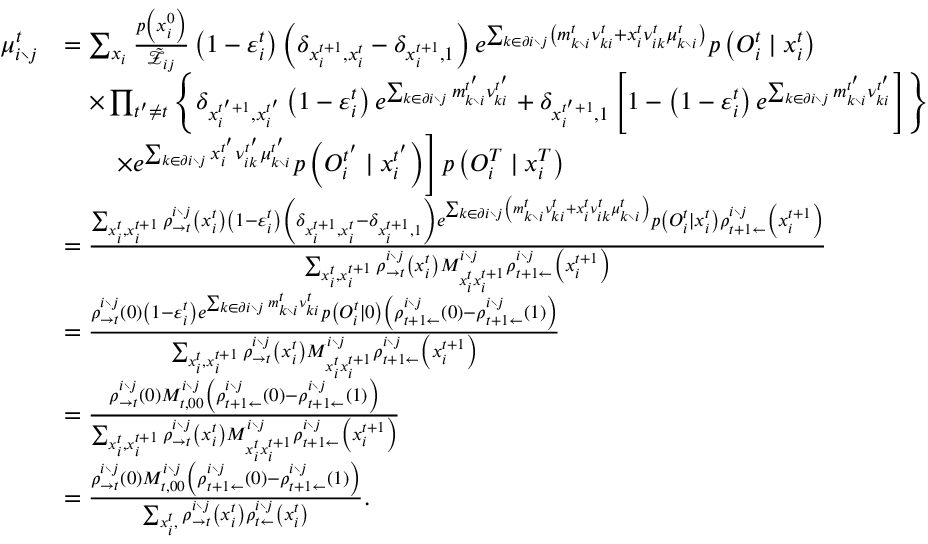
\begin{array} { r l } { \mu _ { i \setminus j } ^ { t } } & { = \sum _ { x _ { i } } \frac { p \left( x _ { i } ^ { 0 } \right) } { \tilde { \mathcal { Z } } _ { i j } } \left( 1 - \varepsilon _ { i } ^ { t } \right) \left( \delta _ { x _ { i } ^ { t + 1 } , x _ { i } ^ { t } } - \delta _ { x _ { i } ^ { t + 1 } , 1 } \right) e ^ { \sum _ { k \in \partial i \setminus j } \left( m _ { k \setminus i } ^ { t } \nu _ { k i } ^ { t } + x _ { i } ^ { t } \nu _ { i k } ^ { t } \mu _ { k \setminus i } ^ { t } \right) } p \left( O _ { i } ^ { t } \mid x _ { i } ^ { t } \right) } \\ & { \quad \times \prod _ { t ^ { \prime } \neq t } \left\{ \delta _ { x _ { i } ^ { t ^ { \prime } + 1 } , x _ { i } ^ { t ^ { \prime } } } \left( 1 - \varepsilon _ { i } ^ { t } \right) e ^ { \sum _ { k \in \partial i \setminus j } m _ { k \setminus i } ^ { t ^ { \prime } } \nu _ { k i } ^ { t ^ { \prime } } } + \delta _ { x _ { i } ^ { t ^ { \prime } + 1 } , 1 } \left[ 1 - \left( 1 - \varepsilon _ { i } ^ { t } \right) e ^ { \sum _ { k \in \partial i \setminus j } m _ { k \setminus i } ^ { t ^ { \prime } } \nu _ { k i } ^ { t ^ { \prime } } } \right] \right\} } \\ & { \qquad \left. \times e ^ { \sum _ { k \in \partial i \setminus j } x _ { i } ^ { t ^ { \prime } } \nu _ { i k } ^ { t ^ { \prime } } \mu _ { k \setminus i } ^ { t ^ { \prime } } } p \left( O _ { i } ^ { t ^ { \prime } } \mid x _ { i } ^ { t ^ { \prime } } \right) \right] p \left( { O } _ { i } ^ { T } \mid x _ { i } ^ { T } \right) } \\ & { = \frac { \sum _ { x _ { i } ^ { t } , x _ { i } ^ { t + 1 } } \rho _ { \rightarrow t } ^ { i \setminus j } \left( x _ { i } ^ { t } \right) \left( 1 - \varepsilon _ { i } ^ { t } \right) \left( \delta _ { x _ { i } ^ { t + 1 } , x _ { i } ^ { t } } - \delta _ { x _ { i } ^ { t + 1 } , 1 } \right) e ^ { \sum _ { k \in \partial i \setminus j } \left( m _ { k \setminus i } ^ { t } \nu _ { k i } ^ { t } + x _ { i } ^ { t } \nu _ { i k } ^ { t } \mu _ { k \setminus i } ^ { t } \right) } p \left( O _ { i } ^ { t } \mid x _ { i } ^ { t } \right) \rho _ { t + 1 \leftarrow } ^ { i \setminus j } \left( x _ { i } ^ { t + 1 } \right) } { \sum _ { x _ { i } ^ { t } , x _ { i } ^ { t + 1 } } \rho _ { \rightarrow t } ^ { i \setminus j } \left( x _ { i } ^ { t } \right) M _ { x _ { i } ^ { t } x _ { i } ^ { t + 1 } } ^ { i \setminus j } \rho _ { t + 1 \leftarrow } ^ { i \setminus j } \left( x _ { i } ^ { t + 1 } \right) } } \\ & { = \frac { \rho _ { \rightarrow t } ^ { i \setminus j } \left( 0 \right) \left( 1 - \varepsilon _ { i } ^ { t } \right) e ^ { \sum _ { k \in \partial i \setminus j } m _ { k \setminus i } ^ { t } \nu _ { k i } ^ { t } } p \left( O _ { i } ^ { t } \mid 0 \right) \left( \rho _ { t + 1 \leftarrow } ^ { i \setminus j } \left( 0 \right) - \rho _ { t + 1 \leftarrow } ^ { i \setminus j } \left( 1 \right) \right) } { \sum _ { x _ { i } ^ { t } , x _ { i } ^ { t + 1 } } \rho _ { \rightarrow t } ^ { i \setminus j } \left( x _ { i } ^ { t } \right) M _ { x _ { i } ^ { t } x _ { i } ^ { t + 1 } } ^ { i \setminus j } \rho _ { t + 1 \leftarrow } ^ { i \setminus j } \left( x _ { i } ^ { t + 1 } \right) } } \\ & { = \frac { \rho _ { \rightarrow t } ^ { i \setminus j } \left( 0 \right) M _ { t , 0 0 } ^ { i \setminus j } \left( \rho _ { t + 1 \leftarrow } ^ { i \setminus j } \left( 0 \right) - \rho _ { t + 1 \leftarrow } ^ { i \setminus j } \left( 1 \right) \right) } { \sum _ { x _ { i } ^ { t } , x _ { i } ^ { t + 1 } } \rho _ { \rightarrow t } ^ { i \setminus j } \left( x _ { i } ^ { t } \right) M _ { x _ { i } ^ { t } x _ { i } ^ { t + 1 } } ^ { i \setminus j } \rho _ { t + 1 \leftarrow } ^ { i \setminus j } \left( x _ { i } ^ { t + 1 } \right) } } \\ & { = \frac { \rho _ { \rightarrow t } ^ { i \setminus j } \left( 0 \right) M _ { t , 0 0 } ^ { i \setminus j } \left( \rho _ { t + 1 \leftarrow } ^ { i \setminus j } \left( 0 \right) - \rho _ { t + 1 \leftarrow } ^ { i \setminus j } \left( 1 \right) \right) } { \sum _ { x _ { i } ^ { t } , } \rho _ { \rightarrow t } ^ { i \setminus j } \left( x _ { i } ^ { t } \right) \rho _ { t \leftarrow } ^ { i \setminus j } \left( x _ { i } ^ { t } \right) } . } \end{array}